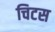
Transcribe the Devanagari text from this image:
चिटस